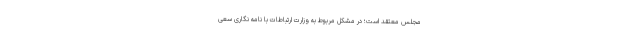
مجلس معتقد است؛ در مشکل مربوط به وزارت ارتباطات با نامه نگاری سعی